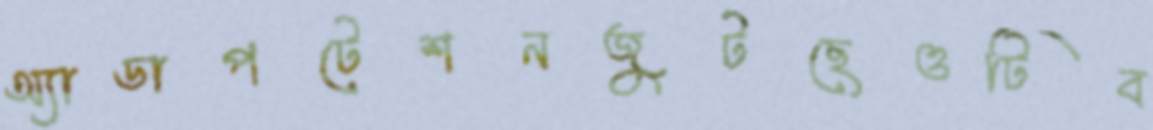
অ্যাডাপটেশনজুটছেওটিব